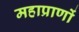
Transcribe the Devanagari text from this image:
महाप्राणों